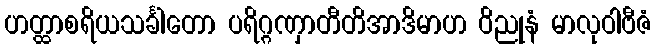
ဟတ္ထာစရိယသင်္ခါတော ပရိဂ္ဂဏှာတီတိအာဒိမာဟ ဝိညုနံ မာလုဝါဗီဇံ